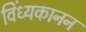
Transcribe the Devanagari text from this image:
विंध्यकानन